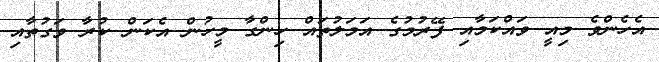
އެހެންވެ މިއީ ވައްކަމާއި ފޭރުމުގެ އަމަލުތައް ހިންގާ މީހުން އެކަން ކުރާ ވަގުތާއި